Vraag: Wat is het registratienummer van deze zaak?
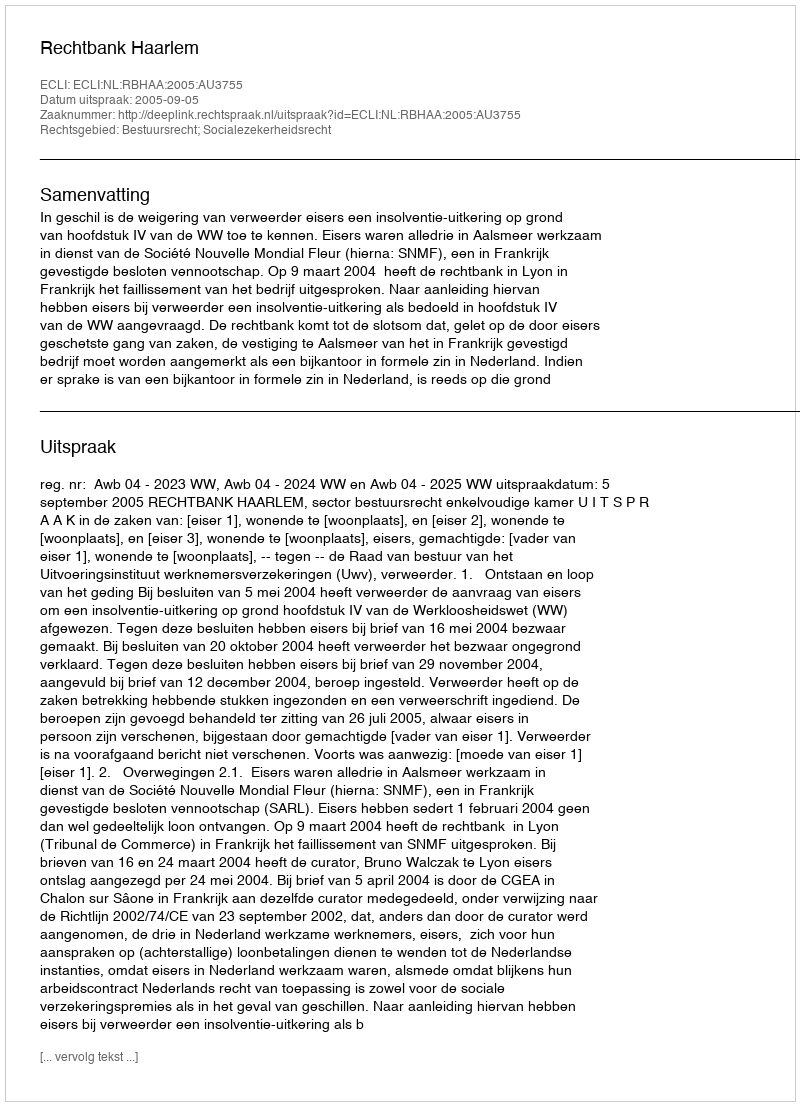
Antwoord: http://deeplink.rechtspraak.nl/uitspraak?id=ECLI:NL:RBHAA:2005:AU3755